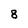
Character: 8